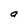
Character: a